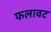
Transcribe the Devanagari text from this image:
फलावट